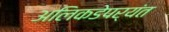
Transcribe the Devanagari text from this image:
अलिकडेपर्यंत